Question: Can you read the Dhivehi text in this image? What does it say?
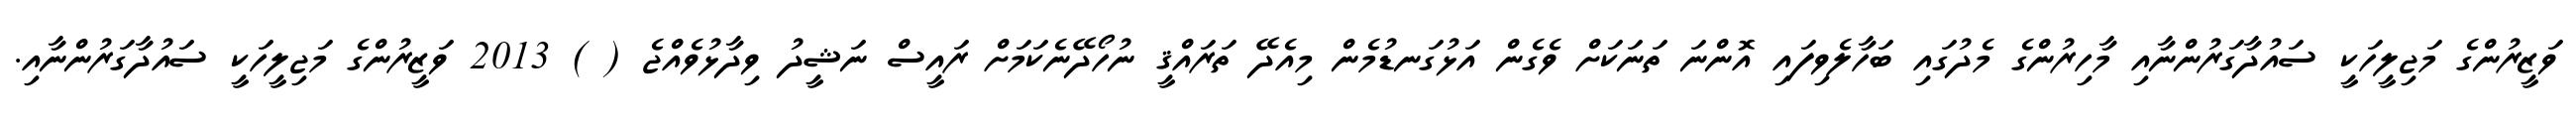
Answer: ވަޒީރުންގެ މަޖިލީހަކީ ސައުދާގަރުންނާއި މާހިރުންގެ މެދުގައި ބަހާލެވިފައި އޮންނަ ތަނަކަށް ވެގެން އަޅުގަނޑުމެން މިއެދޭ ތަރައްޤީ ނުހޯދޭނެކަމަށް ރައީސް ނަޝީދު ވިދާޅުވެއްޖެ ( ) 2013 ވަޒީރުންގެ މަޖިލީހަކީ ސައުދާގަރުންނާއި.